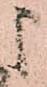
申